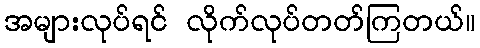
အများလုပ်ရင် လိုက်လုပ်တတ်ကြတယ်။